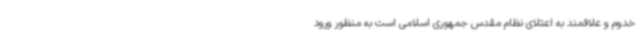
خدوم و علاقمند به اعتلای نظام مقدس جمهوری اسلامی است به منظور ورود